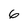
Character: 6